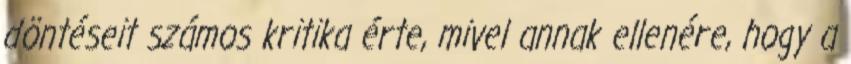
döntéseit számos kritika érte, mivel annak ellenére, hogy a